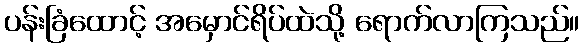
ပန်းခြံထောင့် အမှောင်ရိပ်ထဲသို့ ရောက်လာကြသည်။